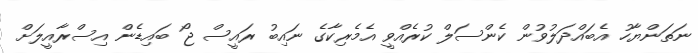
ނަތަންޔާހު އެބައްދަލުވުން ކެންސަލް ކުރެއްވީ އެމެރިކާގެ ނައިބު ރައީސް ޖޯ ބައިޑެން އިސްރާއީލަށް